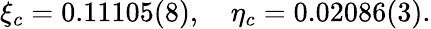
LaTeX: \xi_{c}=0.11105(8),\quad\eta_{c}=0.02086(3).